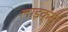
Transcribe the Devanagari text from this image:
लाइक्‍स